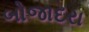
બોજાદરા